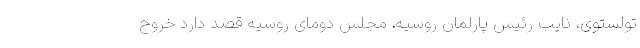
تولستوی، نایب رئیس پارلمان روسیه، مجلس دومای روسیه قصد دارد خروج